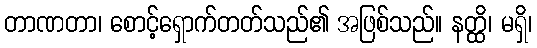
တာဏတာ၊ စောင့်ရှောက်တတ်သည်၏ အဖြစ်သည်။ နတ္ထိ၊ မရှိ၊